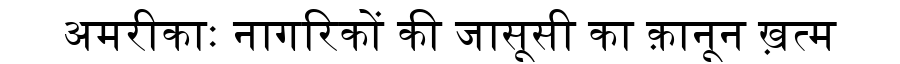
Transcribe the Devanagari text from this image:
अमरीकाः नागरिकों की जासूसी का क़ानून ख़त्म